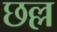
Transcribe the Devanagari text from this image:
छल्ल